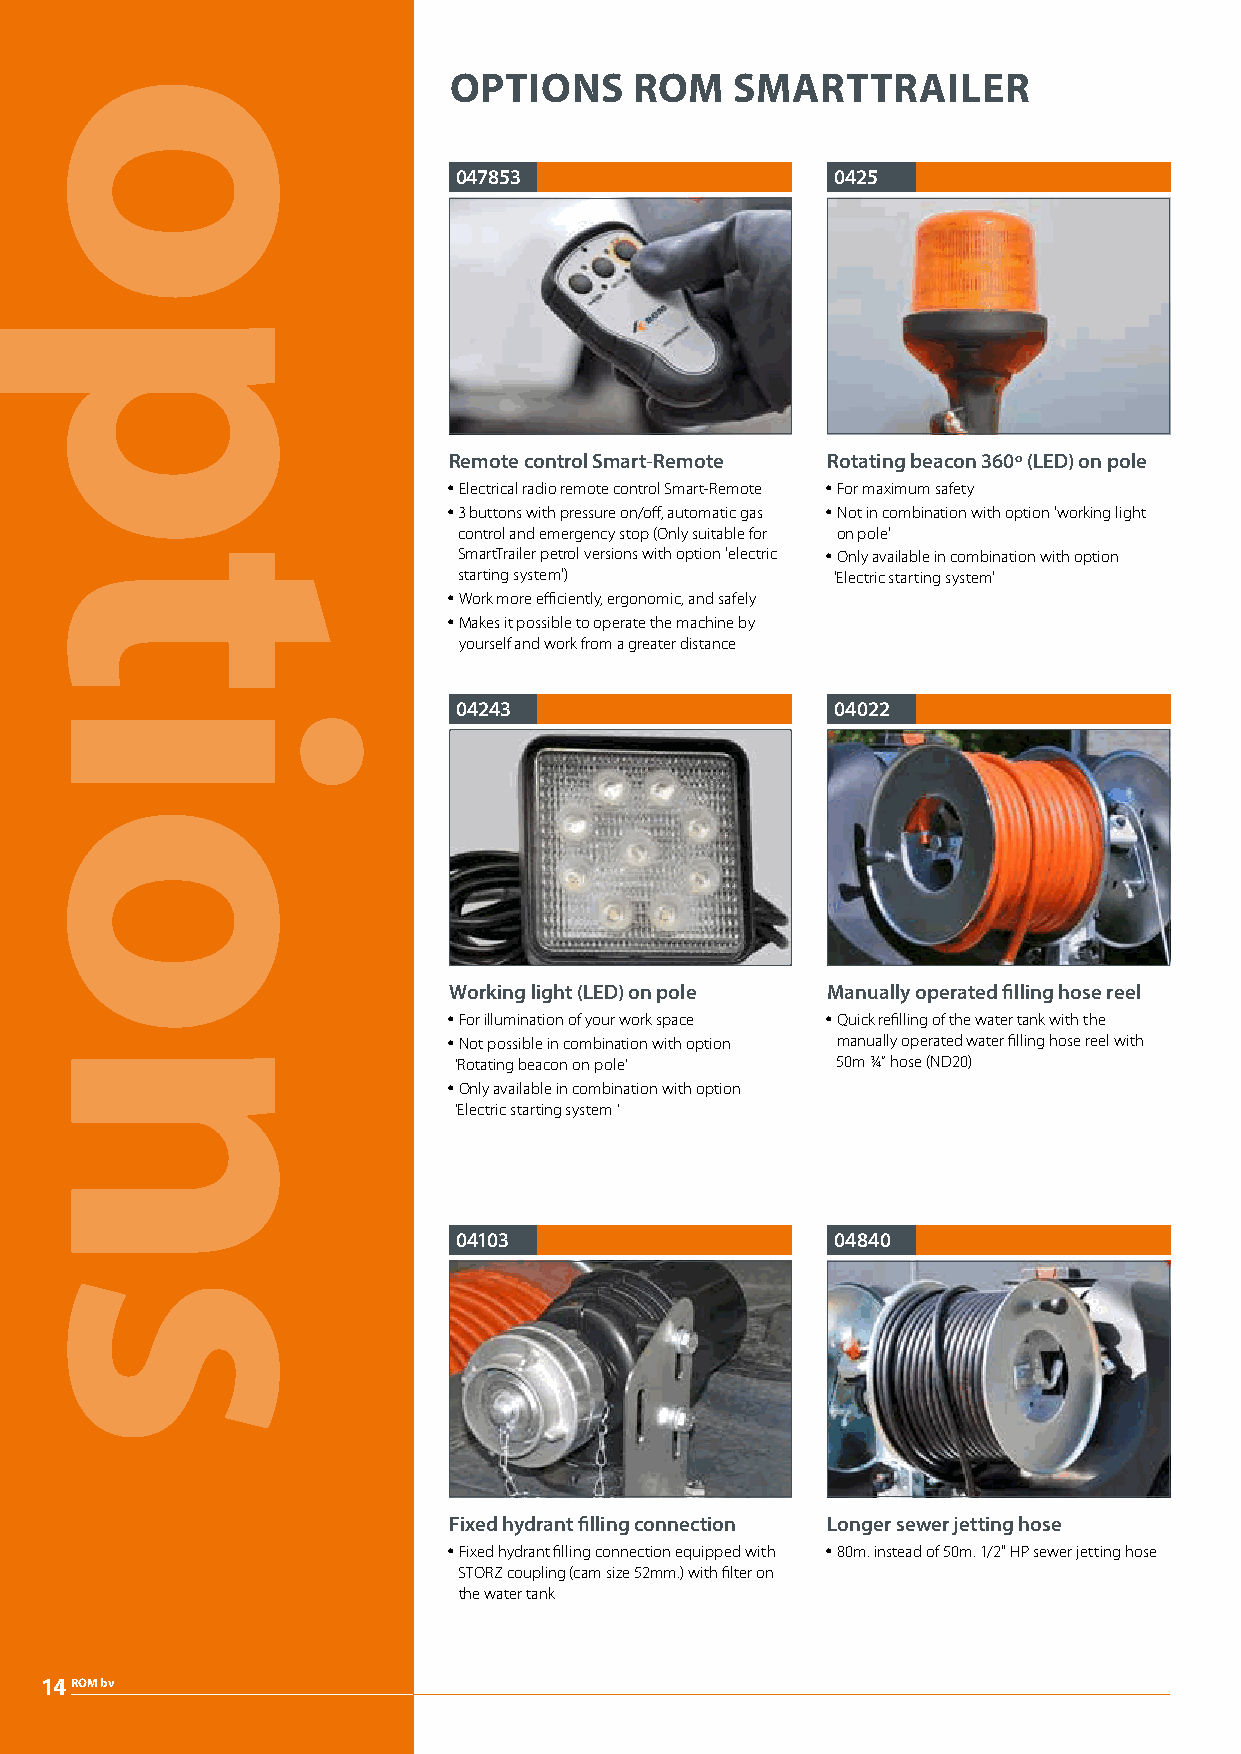
OPTIONS     ROM    SMARTTRAILER
 047853                   0425
 Remote control Smart-Remote Rotating beacon 360º (LED) on pole
 y Electrical radio remote control Smart-Remote y For maximum safety
 y 3 buttons with pressure on/off, automatic gas y Not in combination with option 'working light
 control and emergency stop (Only suitable for on pole'
 SmartTrailer petrol versions with option 'electric y Only available in combination with option
 starting system')        'Electric starting system'
 y Work more efficiently, ergonomic, and safely
 y Makes it possible to operate the machine by
 yourself and work from a greater distance
 04243                    04022
 Working light (LED) on pole Manually operated filling hose reel
 y For illumination of your work space y Quick refilling of the water tank with the
 y Not possible in combination with option manually operated water filling hose reel with
 ‘Rotating beacon on pole’ 50m ¾” hose (ND20)
 y Only available in combination with option
 ‘Electric starting system ’
 04103                    04840
 Fixed hydrant filling connection Longer sewer jetting hose
 y Fixed hydrant filling connection equipped with y 80m. instead of 50m. 1/2" HP sewer jetting hose
 STORZ coupling (cam size 52mm.) with filter on
 the water tank
 14ROM bv
 options